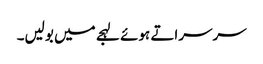
سرسراتے ہوئے لہجے میں بولیں۔